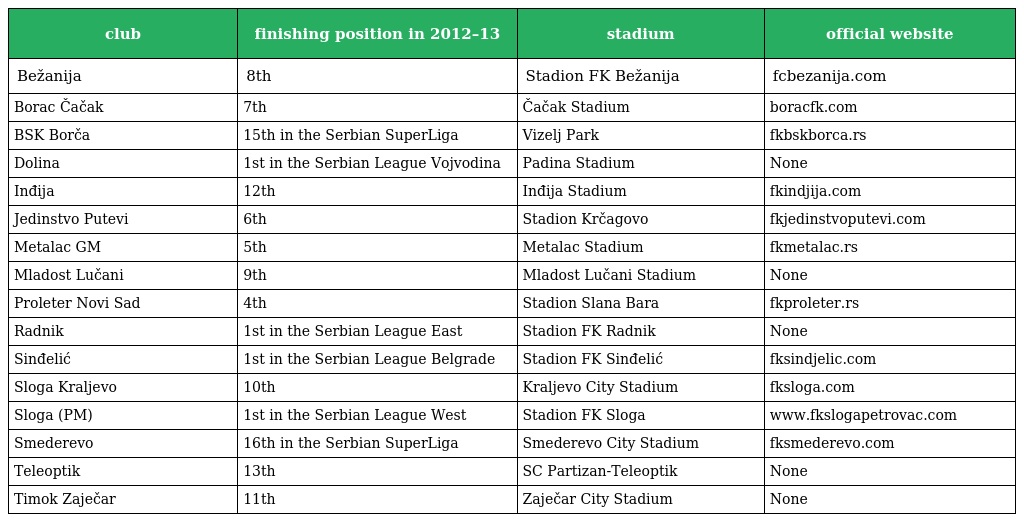
| club | finishing position in 2012–13 | stadium | official website |
 | --- | --- | --- | --- |
 | Bežanija | 8th | Stadion FK Bežanija | fcbezanija.com |
 | Borac Čačak | 7th | Čačak Stadium | boracfk.com |
 | BSK Borča | 15th in the Serbian SuperLiga | Vizelj Park | fkbskborca.rs |
 | Dolina | 1st in the Serbian League Vojvodina | Padina Stadium | None |
 | Inđija | 12th | Inđija Stadium | fkindjija.com |
 | Jedinstvo Putevi | 6th | Stadion Krčagovo | fkjedinstvoputevi.com |
 | Metalac GM | 5th | Metalac Stadium | fkmetalac.rs |
 | Mladost Lučani | 9th | Mladost Lučani Stadium | None |
 | Proleter Novi Sad | 4th | Stadion Slana Bara | fkproleter.rs |
 | Radnik | 1st in the Serbian League East | Stadion FK Radnik | None |
 | Sinđelić | 1st in the Serbian League Belgrade | Stadion FK Sinđelić | fksindjelic.com |
 | Sloga Kraljevo | 10th | Kraljevo City Stadium | fksloga.com |
 | Sloga (PM) | 1st in the Serbian League West | Stadion FK Sloga | www.fkslogapetrovac.com |
 | Smederevo | 16th in the Serbian SuperLiga | Smederevo City Stadium | fksmederevo.com |
 | Teleoptik | 13th | SC Partizan-Teleoptik | None |
 | Timok Zaječar | 11th | Zaječar City Stadium | None |